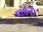
ઘાઇની